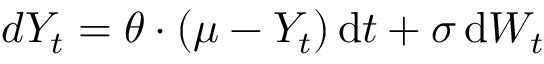
d Y _ { t } = \theta \cdot ( \mu - Y _ { t } ) \, { \mathrm { d } } t + \sigma \, { \mathrm { d } } W _ { t }